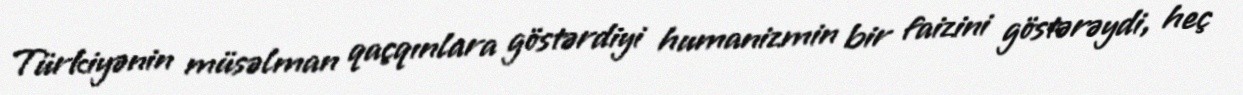
Türkiyənin müsəlman qaçqınlara göstərdiyi humanizmin bir faizini göstərəydi, heç